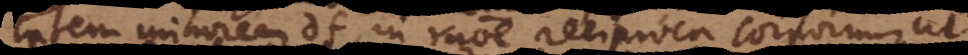
tatem minorem df, in ratione reciproca corporum, ut